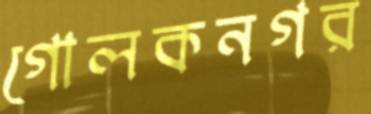
গোলকনগর